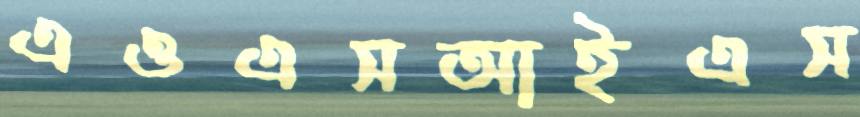
এওএসআইএস